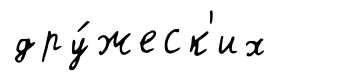
дру́жеск'их